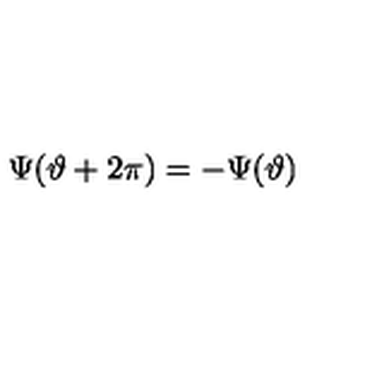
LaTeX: \Psi ( \vartheta + 2 \pi ) = - \Psi ( \vartheta )